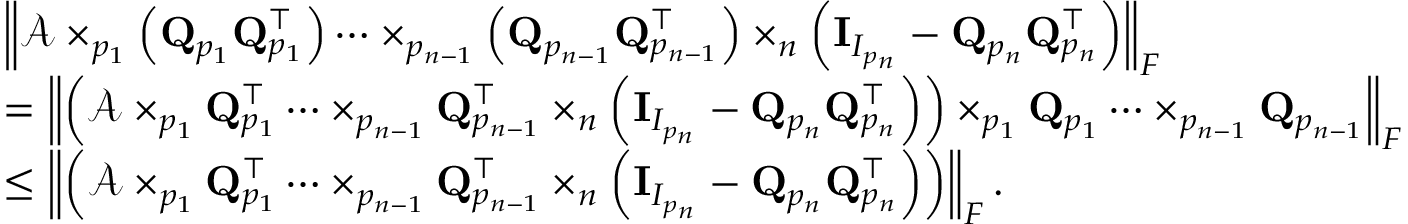
\begin{array} { r l } & { \left\| \mathcal { A } \times _ { p _ { 1 } } \left( { \bf Q } _ { p _ { 1 } } { \bf Q } _ { p _ { 1 } } ^ { \top } \right) \dots \times _ { p _ { n - 1 } } \left( { \bf Q } _ { p _ { n - 1 } } { \bf Q } _ { p _ { n - 1 } } ^ { \top } \right) \times _ { n } \left( \mathbf { I } _ { I _ { p _ { n } } } - { \bf Q } _ { p _ { n } } { \bf Q } _ { p _ { n } } ^ { \top } \right) \right\| _ { F } } \\ & { = \left\| \left( \mathcal { A } \times _ { p _ { 1 } } { \bf Q } _ { p _ { 1 } } ^ { \top } \dots \times _ { p _ { n - 1 } } { \bf Q } _ { p _ { n - 1 } } ^ { \top } \times _ { n } \left( \mathbf { I } _ { I _ { p _ { n } } } - { \bf Q } _ { p _ { n } } { \bf Q } _ { p _ { n } } ^ { \top } \right) \right) \times _ { p _ { 1 } } { \bf Q } _ { p _ { 1 } } \dots \times _ { p _ { n - 1 } } { \bf Q } _ { p _ { n - 1 } } \right\| _ { F } } \\ & { \leq \left\| \left( \mathcal { A } \times _ { p _ { 1 } } { \bf Q } _ { p _ { 1 } } ^ { \top } \dots \times _ { p _ { n - 1 } } { \bf Q } _ { p _ { n - 1 } } ^ { \top } \times _ { n } \left( \mathbf { I } _ { I _ { p _ { n } } } - { \bf Q } _ { p _ { n } } { \bf Q } _ { p _ { n } } ^ { \top } \right) \right) \right\| _ { F } . } \end{array}